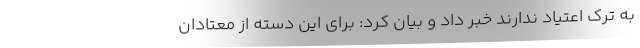
به ترک اعتیاد ندارند خبر داد و بیان کرد: برای این دسته از معتادان